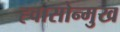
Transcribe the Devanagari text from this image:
ह्वासोन्मुख